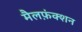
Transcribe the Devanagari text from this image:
मैलफ़ंक्शन